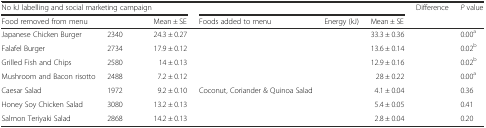
<table><thead><tr><td colspan="3"><b>No kJ labelling and social marketing campaign</b></td><td colspan="3">[EMPTY_CELL]</td><td rowspan="2"><b>Difference</b></td><td rowspan="2"><b><i>P</i> value</b></td></tr><tr><td><b>Food removed from menu</b></td><td>[EMPTY_CELL]</td><td><b>Mean ± SE</b></td><td><b>Foods added to menu</b></td><td><b>Energy (kJ)</b></td><td><b>Mean ± SE</b></td></tr></thead><tbody><tr><td>Japanese Chicken Burger</td><td>2340</td><td>24.3 ± 0.27</td><td>[EMPTY_CELL]</td><td>[EMPTY_CELL]</td><td>33.3 ± 0.36</td><td>[EMPTY_CELL]</td><td>0.00<sup>a</sup></td></tr><tr><td>Falafel Burger</td><td>2734</td><td>17.9 ± 0.12</td><td>[EMPTY_CELL]</td><td>[EMPTY_CELL]</td><td>13.6 ± 0.14</td><td>[EMPTY_CELL]</td><td>0.02<sup>b</sup></td></tr><tr><td>Grilled Fish and Chips</td><td>2580</td><td>14 ± 0.13</td><td>[EMPTY_CELL]</td><td>[EMPTY_CELL]</td><td>12.9 ± 0.16</td><td>[EMPTY_CELL]</td><td>0.02<sup>b</sup></td></tr><tr><td>Mushroom and Bacon risotto</td><td>2488</td><td>7.2 ± 0.12</td><td>[EMPTY_CELL]</td><td>[EMPTY_CELL]</td><td>28 ± 0.22</td><td>[EMPTY_CELL]</td><td>0.00<sup>a</sup></td></tr><tr><td>Caesar Salad</td><td>1972</td><td>9.2 ± 0.10</td><td>Coconut, Coriander &amp; Quinoa Salad</td><td>[EMPTY_CELL]</td><td>4.1 ± 0.04</td><td>[EMPTY_CELL]</td><td>0.36</td></tr><tr><td>Honey Soy Chicken Salad</td><td>3080</td><td>13.2 ± 0.13</td><td>[EMPTY_CELL]</td><td>[EMPTY_CELL]</td><td>5.4 ± 0.05</td><td>[EMPTY_CELL]</td><td>0.41</td></tr><tr><td>Salmon Teriyaki Salad</td><td>2868</td><td>14.2 ± 0.13</td><td>[EMPTY_CELL]</td><td>[EMPTY_CELL]</td><td>2.8 ± 0.04</td><td>[EMPTY_CELL]</td><td>0.20</td></tr></tbody></table>